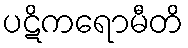
ပဋိကရောမီတိ